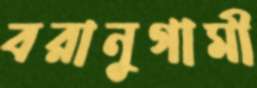
বরানুগামী